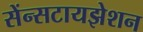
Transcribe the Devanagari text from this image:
सेंन्सटायझेशन